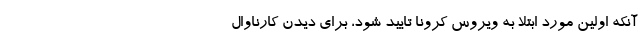
آنکه اولین مورد ابتلا به ویروس کرونا تایید شود، برای دیدن کارناوال